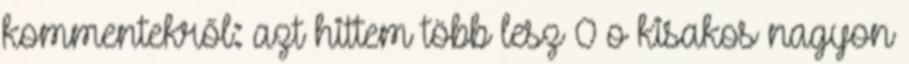
kommentekről: azt hittem több lesz 0 o kisakos nagyon